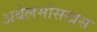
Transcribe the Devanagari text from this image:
अबेलमोसखस